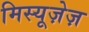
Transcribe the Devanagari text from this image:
मिस्यूज़ेज़